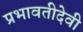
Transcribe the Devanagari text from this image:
प्रभावतीदेवी